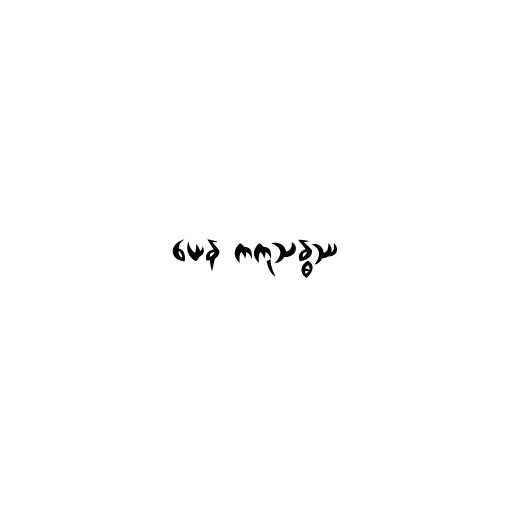
ယေန ကကုသန္ဓဿ